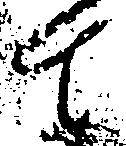
て